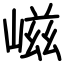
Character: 嵫